Annual report of the Punjab Veterinary College and of the Civil Veterinary Department, Punjab - 1909-1919
Year: 1909
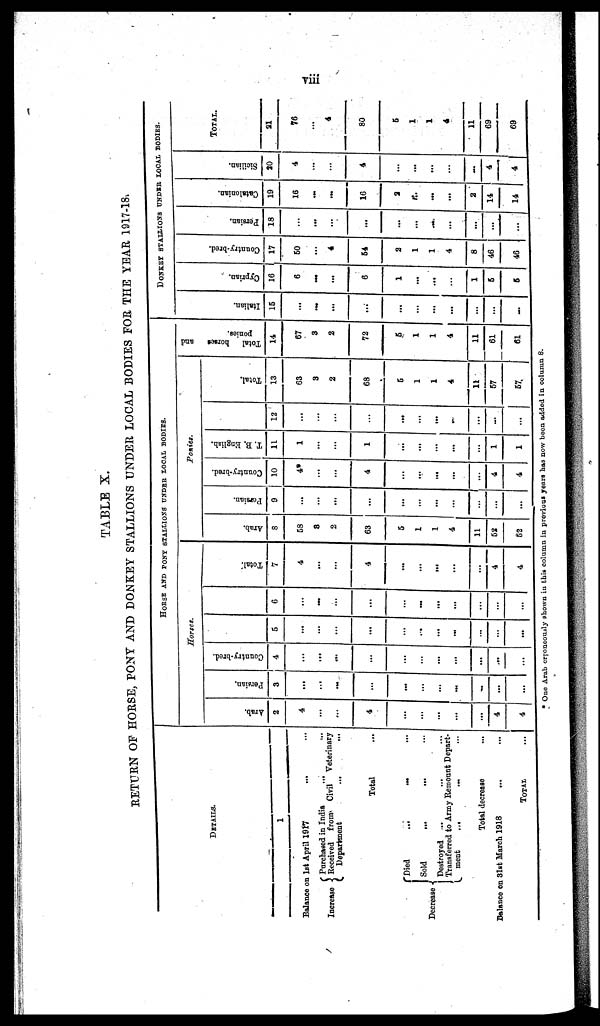
viii
TABLE X.
RETURN OF HORSE, PONY AND DONKEY STALLIONS UNDER LOCAL BODIES FOR THE YEAR 1917-18.
DETAILS.
1
Balance on 1st April 1917 ... ...
Increase
Purchased in India ... ...
Received from Civil Veterinary
Department
...
...
Total ...
Decrease
Died
...
...
...
Sold ... ... ...
Destroyod ... ... ...
Transferred to Army Remount Depart¬
ment
...
...
...
Total decrease ...
Balance on 31st March 1918 ... ...
TOTAL ...
HORSE AND PONY STALLIONS UNDER LOCAL BODIES.
Horses.
Arab.
2
4
...
...
4
...
...
...
...
...
4
4
Persian.
3
...
...
...
...
...
...
...
...
...
...
...
Country-bred.
4
...
...
...
...
...
...
...
...
...
...
...
5
...
...
...
...
...
...
...
...
...
...
...
6
...
...
...
...
...
...
...
...
...
...
...
Total.
7
4
...
...
4
...
...
...
...
...
4
4
Ponies.
Arab.
8
58
8
2
63
5
1
1
4
11
52
52
Persian.
9
...
...
...
...
...
...
...
...
...
...
...
Country-bred.
10
4*
...
...
4
...
...
...
...
...
4
4
T. B. English.
11
1
...
...
1
...
...
...
...
...
1
1
12
...
...
...
...
...
...
...
...
...
...
...
Total.
13
63
3
2
68
5
1
1
4
11
57
57
Total
horses and
ponies.
14
67
3
2
72
6
1
1
4
11
61
61
DONKEY STALLIONS UNDER LOCAL BODIES.
I t al i an.
15
...
...
...
...
...
...
...
...
...
...
...
Cypr i
an.
16
6
...
...
6
1
...
...
...
1
5
5
Count r
y- br e d.
17
50
...
4
54
2
1
1
4
8
46
46
Per si an.
18
...
...
...
...
...
...
...
...
...
...
...
Cat al oni an.
19
16
...
...
16
2
...
...
...
2
14
14
Si ci l i an.
20
4
...
...
4
...
...
...
...
...
4
4
TOTAL.
21
76
...
4
80
5
1
1
4
11
69
69
* One Arab erroneously shown in this column in previous years has now been added in column 8.